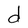
Character: d